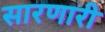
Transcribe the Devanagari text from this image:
सारणारी